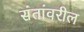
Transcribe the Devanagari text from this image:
संतांवरील